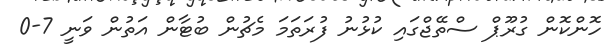
ހޮންކޮން ގުރޫޕް ސްތޭޖްގައި ކުޅުނު ފުރަތަމަ މެޗުން ބުޓާން އަތުން ވަނީ 7-0